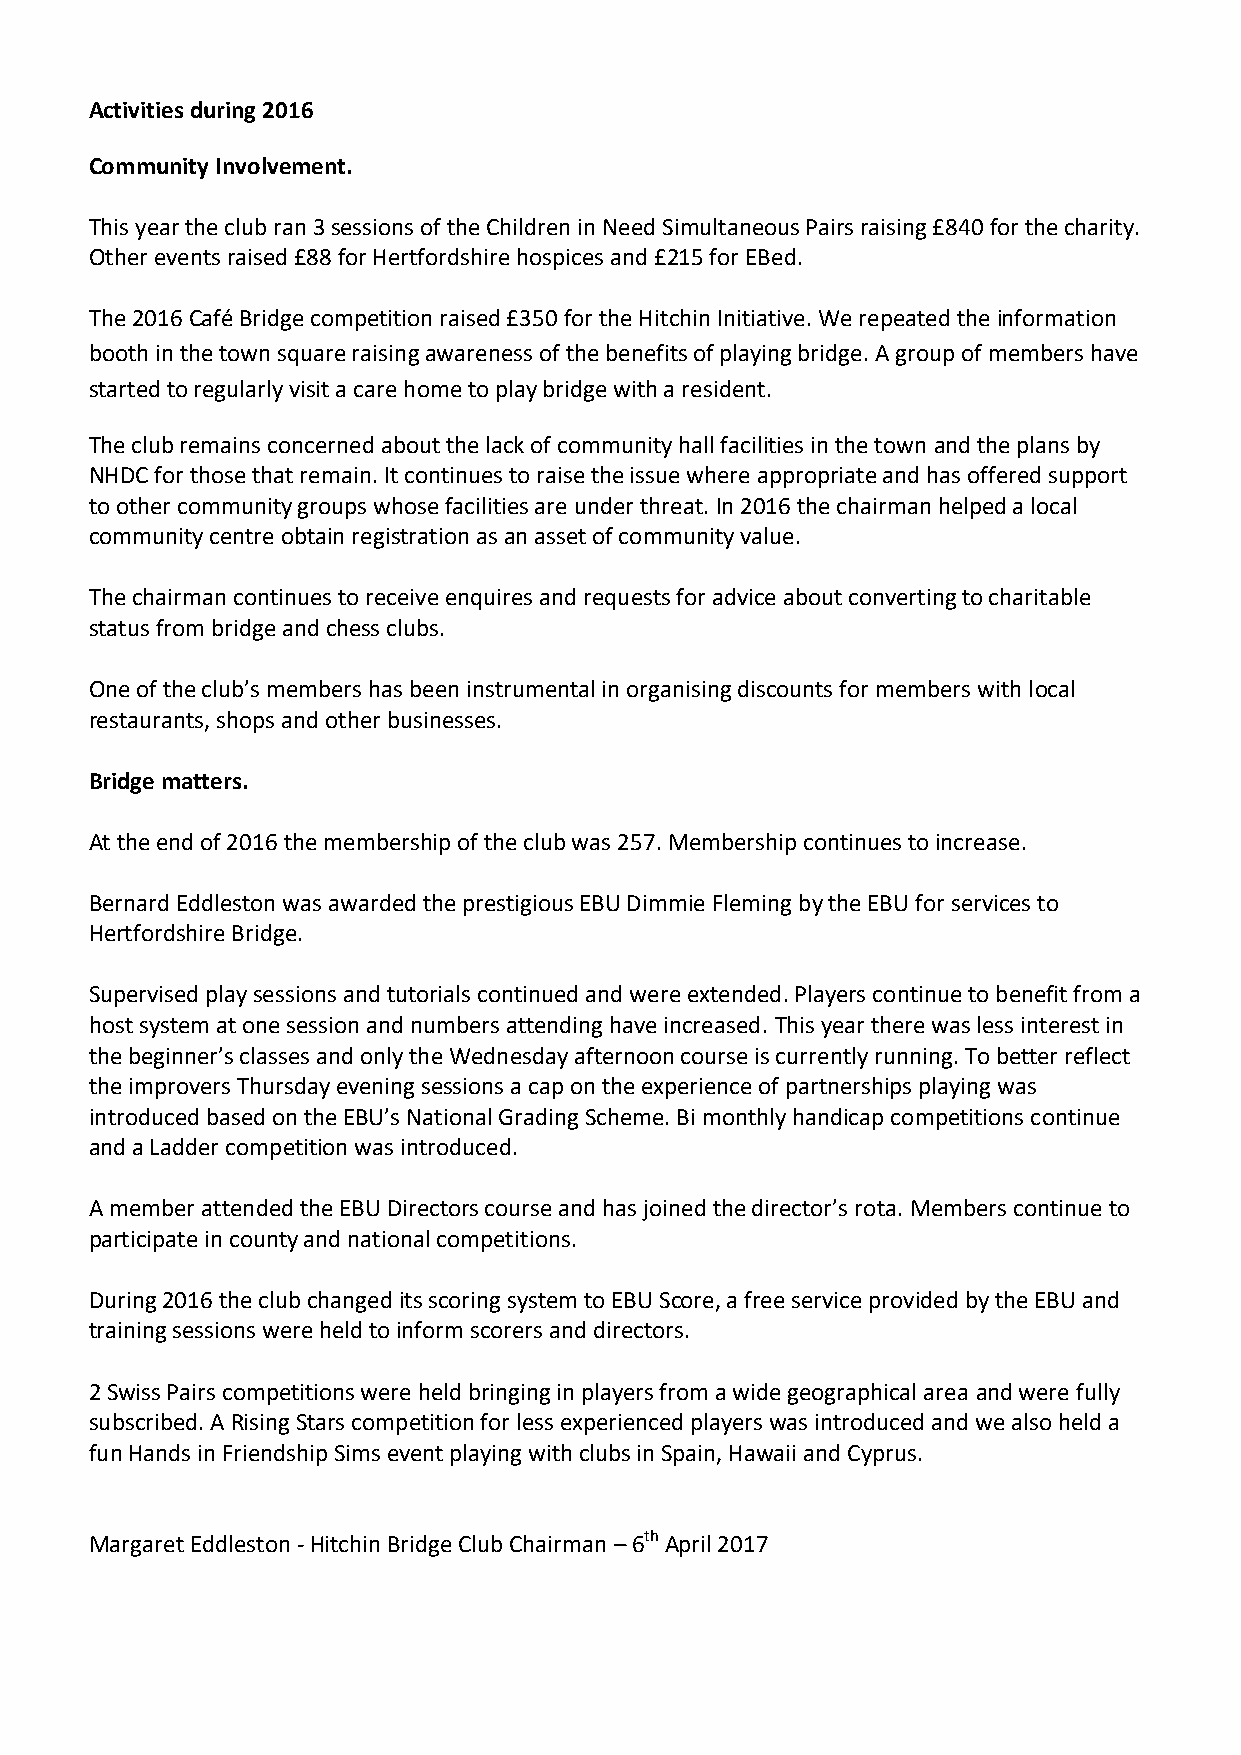
Activities during 2016
 Community Involvement.
 This year the club ran 3 sessions of the Children in Need Simultaneous Pairs raising £840 for the charity.
 Other events raised £88 for Hertfordshire hospices and £215 for EBed.
 The 2016 Café Bridge competition raised £350 for the Hitchin Initiative. We repeated the information
 booth in the town square raising awareness of the benefits of playing bridge. A group of members have
 started to regularly visit a care home to play bridge with a resident.
 The club remains concerned about the lack of community hall facilities in the town and the plans by
 NHDC for those that remain. It continues to raise the issue where appropriate and has offered support
 to other community groups whose facilities are under threat. In 2016 the chairman helped a local
 community centre obtain registration as an asset of community value.
 The chairman continues to receive enquires and requests for advice about converting to charitable
 status from bridge and chess clubs.
 One of the club’s members has been instrumental in organising discounts for members with local
 restaurants, shops and other businesses.
 Bridge matters.
 At the end of 2016 the membership of the club was 257. Membership continues to increase.
 Bernard Eddleston was awarded the prestigious EBU Dimmie Fleming by the EBU for services to
 Hertfordshire Bridge.
 Supervised play sessions and tutorials continued and were extended. Players continue to benefit from a
 host system at one session and numbers attending have increased. This year there was less interest in
 the beginner’s classes and only the Wednesday afternoon course is currently running. To better reflect
 the improvers Thursday evening sessions a cap on the experience of partnerships playing was
 introduced based on the EBU’s National Grading Scheme. Bi monthly handicap competitions continue
 and a Ladder competition was introduced.
 A member attended the EBU Directors course and has joined the director’s rota. Members continue to
 participate in county and national competitions.
 During 2016 the club changed its scoring system to EBU Score, a free service provided by the EBU and
 training sessions were held to inform scorers and directors.
 2 Swiss Pairs competitions were held bringing in players from a wide geographical area and were fully
 subscribed. A Rising Stars competition for less experienced players was introduced and we also held a
 fun Hands in Friendship Sims event playing with clubs in Spain, Hawaii and Cyprus.
 Margaret Eddleston - Hitchin Bridge Club Chairman – 6th April 2017